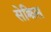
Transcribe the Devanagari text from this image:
सेक्रिस